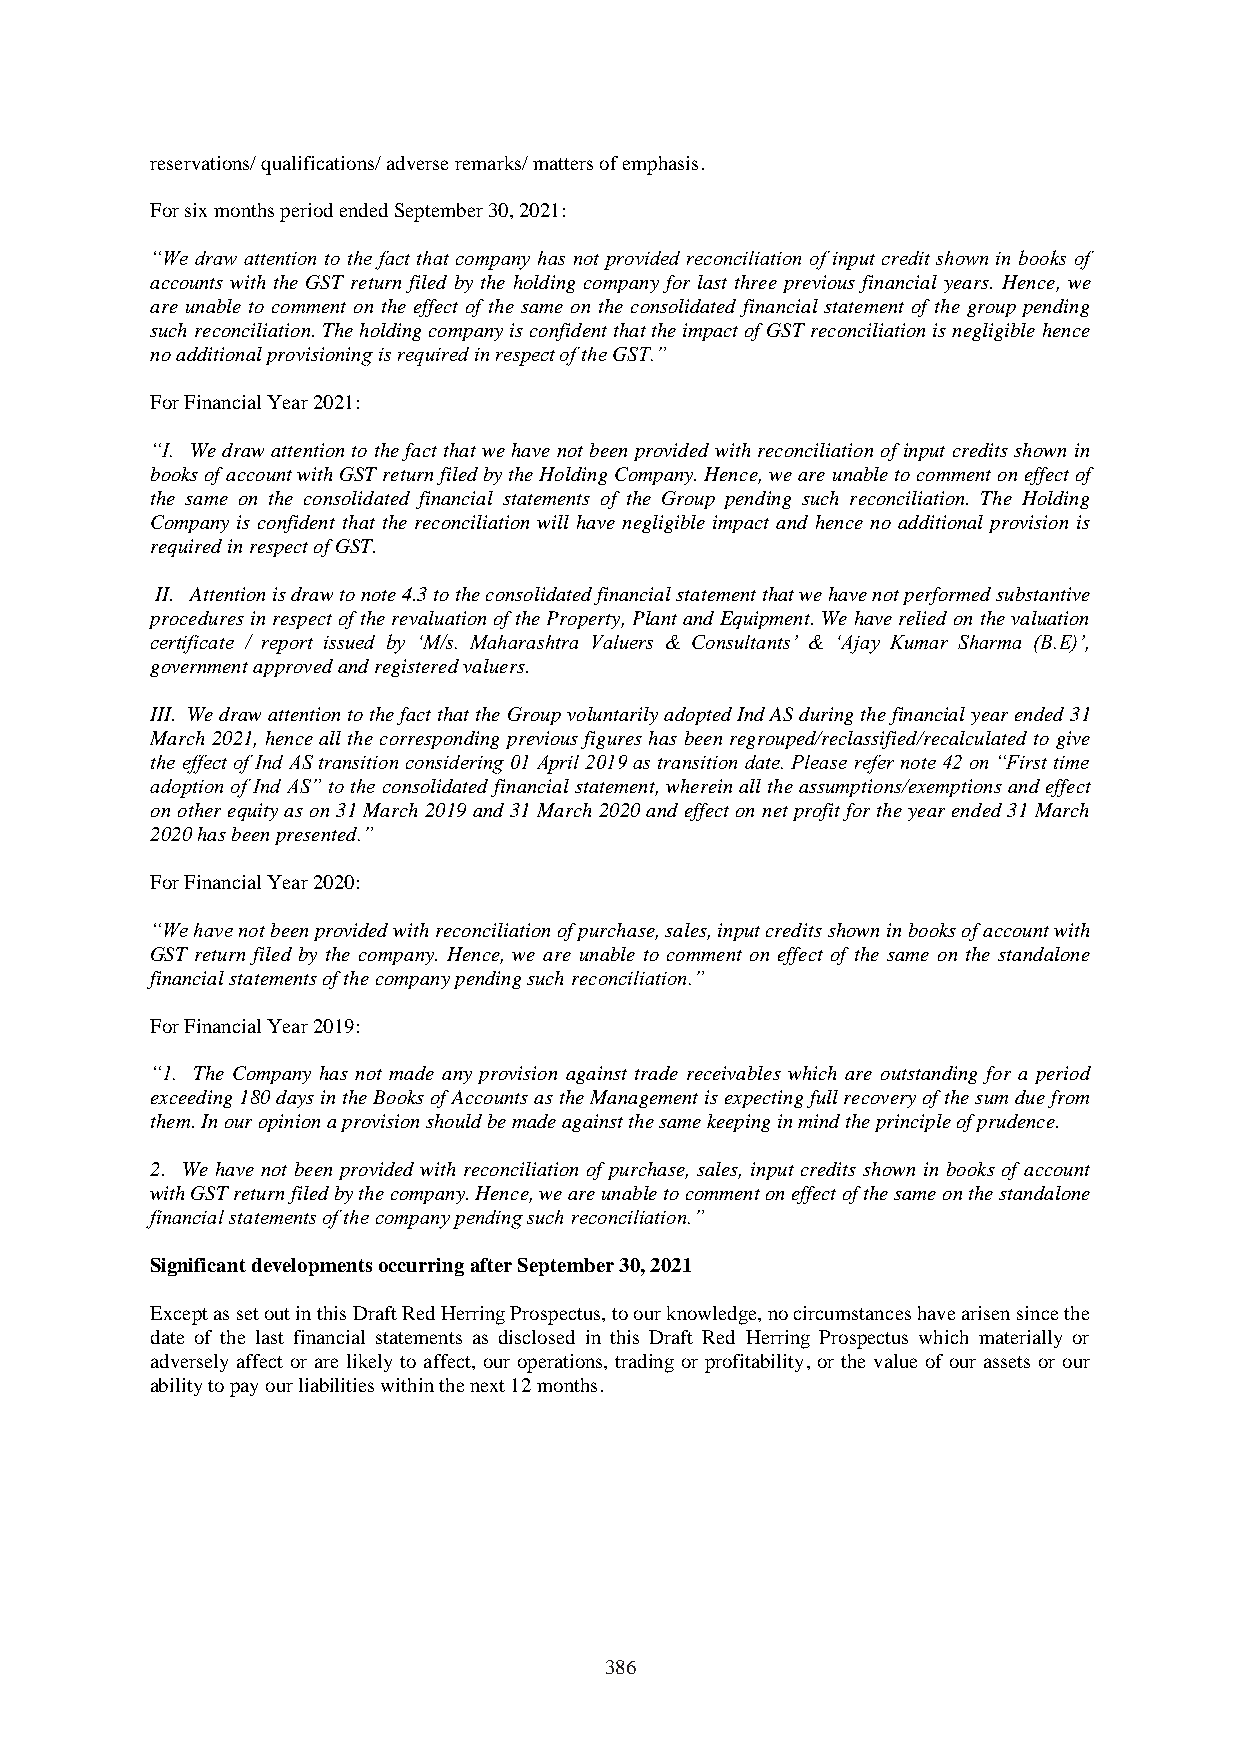
reservations/ qualifications/ adverse remarks/ matters of emphasis.
 For six months period ended September 30, 2021:
 “We draw attention to the fact that company has not provided reconciliation of input credit shown in books of
 accounts with the GST return filed by the holding company for last three previous financial years. Hence, we
 are unable to comment on the effect of the same on the consolidated financial statement of the group pending
 such reconciliation. The holding company is confident that the impact of GST reconciliation is negligible hence
 no additional provisioning is required in respect of the GST.”
 For Financial Year 2021:
 “I. We draw attention to the fact that we have not been provided with reconciliation of input credits shown in
 books of account with GST return filed by the Holding Company. Hence, we are unable to comment on effect of
 the same on the consolidated financial statements of the Group pending such reconciliation. The Holding
 Company is confident that the reconciliation will have negligible impact and hence no additional provision is
 required in respect of GST.
 II. Attention is draw to note 4.3 to the consolidated financial statement that we have not performed substantive
 procedures in respect of the revaluation of the Property, Plant and Equipment. We have relied on the valuation
 certificate / report issued by ‘M/s. Maharashtra Valuers & Consultants’ & ‘Ajay Kumar Sharma (B.E)’,
 government approved and registered valuers.
 III. We draw attention to the fact that the Group voluntarily adopted Ind AS during the financial year ended 31
 March 2021, hence all the corresponding previous figures has been regrouped/reclassified/recalculated to give
 the effect of Ind AS transition considering 01 April 2019 as transition date. Please refer note 42 on “First time
 adoption of Ind AS” to the consolidated financial statement, wherein all the assumptions/exemptions and effect
 on other equity as on 31 March 2019 and 31 March 2020 and effect on net profit for the year ended 31 March
 2020 has been presented.”
 For Financial Year 2020:
 “We have not been provided with reconciliation of purchase, sales, input credits shown in books of account with
 GST return filed by the company. Hence, we are unable to comment on effect of the same on the standalone
 financial statements of the company pending such reconciliation.”
 For Financial Year 2019:
 “1. The Company has not made any provision against trade receivables which are outstanding for a period
 exceeding 180 days in the Books of Accounts as the Management is expecting full recovery of the sum due from
 them. In our opinion a provision should be made against the same keeping in mind the principle of prudence.
 2. We have not been provided with reconciliation of purchase, sales, input credits shown in books of account
 with GST return filed by the company. Hence, we are unable to comment on effect of the same on the standalone
 financial statements of the company pending such reconciliation.”
 Significant developments occurring after September 30, 2021
 Except as set out in this Draft Red Herring Prospectus, to our knowledge, no circumstances have arisen since the
 date of the last financial statements as disclosed in this Draft Red Herring Prospectus which materially or
 adversely affect or are likely to affect, our operations, trading or profitability, or the value of our assets or our
 ability to pay our liabilities within the next 12 months.
 386